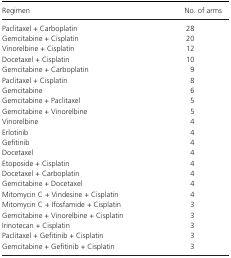
<table><thead><tr><td><b>Regimen</b></td><td><b>No. of arms</b></td></tr></thead><tbody><tr><td>Paclitaxel + Carboplatin</td><td>28</td></tr><tr><td>Gemcitabine + Cisplatin</td><td>20</td></tr><tr><td>Vinorelbine + Cisplatin</td><td>12</td></tr><tr><td>Docetaxel + Cisplatin</td><td>10</td></tr><tr><td>Gemcitabine + Carboplatin</td><td>9</td></tr><tr><td>Paclitaxel + Cisplatin</td><td>8</td></tr><tr><td>Gemcitabine</td><td>6</td></tr><tr><td>Gemcitabine + Paclitaxel</td><td>5</td></tr><tr><td>Gemcitabine + Vinorelbine</td><td>5</td></tr><tr><td>Vinorelbine</td><td>4</td></tr><tr><td>Erlotinib</td><td>4</td></tr><tr><td>Gefitinib</td><td>4</td></tr><tr><td>Docetaxel</td><td>4</td></tr><tr><td>Etoposide + Cisplatin</td><td>4</td></tr><tr><td>Docetaxel + Carboplatin</td><td>4</td></tr><tr><td>Gemcitabine + Docetaxel</td><td>4</td></tr><tr><td>Mitomycin C + Vindesine + Cisplatin</td><td>4</td></tr><tr><td>Mitomycin C + Ifosfamide + Cisplatin</td><td>3</td></tr><tr><td>Gemcitabine + Vinorelbine + Cisplatin</td><td>3</td></tr><tr><td>Irinotecan + Cisplatin</td><td>3</td></tr><tr><td>Paclitaxel + Gefitinib + Cisplatin</td><td>3</td></tr><tr><td>Gemcitabine + Gefitinib + Cisplatin</td><td>3</td></tr></tbody></table>